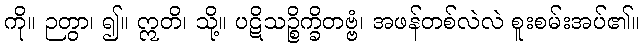
ကို။ ဉတွာ၊ ၍။ ဣတိ၊ သို့။ ပဋိသဉ္စိက္ခိတဗ္ဗံ၊ အဖန်တစ်လဲလဲ စူးစမ်းအပ်၏။